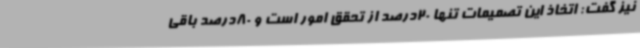
نیز گفت: اتخاذ این تصمیمات تنها 20درصد از تحقق امور است و 80درصد باقی